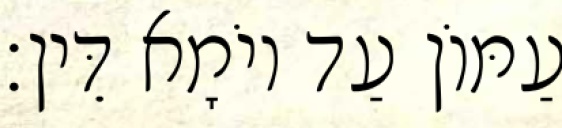
עַמּוֹן עַד יוֹמָא דֵּין׃